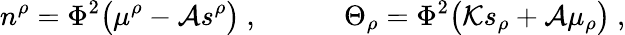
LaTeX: n^{\rho}=\Phi^{2}\big(\mu^{\rho}-{\cal A}s^{\rho}\big)\ ,\qquad\quad\Theta_{\rho}=\Phi^{2}\big({\cal K}s_{\rho}+{\cal A}\mu_{\rho}\big)\ ,